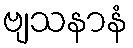
ဗျသနာနံ